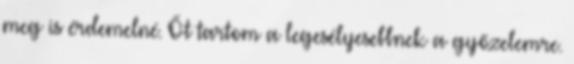
meg is érdemelné. Őt tartom a legesélyesebbnek a győzelemre.